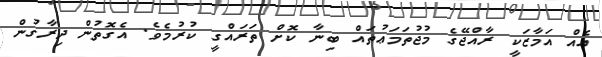
އެއް އަމާޒަކީ ރާއްޖޭގެ މުޖުތަމަޢުތައް ބިނާ ކޮށް ތަރައްގީ ކުރުމެވެ. އެގޮތުން ދިރާގުން